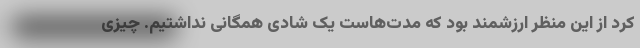
کرد از این منظر ارزشمند بود که مدت‌هاست یک شادی همگانی نداشتیم. چیزی